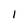
Character: 1